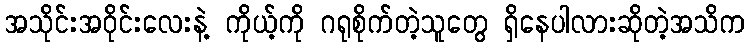
အသိုင်းအဝိုင်းလေးနဲ့ ကိုယ့်ကို ဂရုစိုက်တဲ့သူတွေ ရှိနေပါလားဆိုတဲ့အသိက